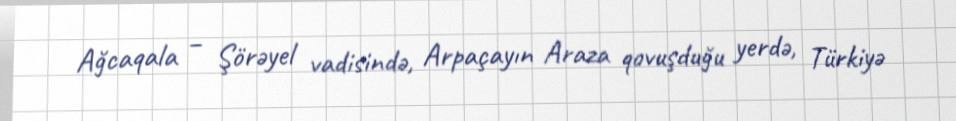
Ağcaqala – Şörəyel vadisində, Arpaçayın Araza qovuşduğu yerdə, Türkiyə